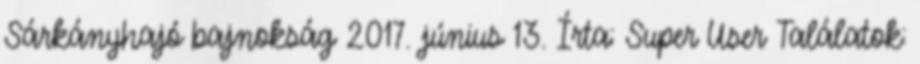
Sárkányhajó bajnokság 2017. június 13. Írta: Super User Találatok: